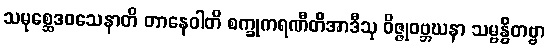
သမုစ္ဆေဒဝသေနာတိ တာနေဝါတိ စက္ခုကရဏီတိအာဒီသု ဝိဇ္ဇုဝဗ္ဘဃနာ သမ္ဗန္ဓိတဗ္ဗာ